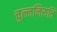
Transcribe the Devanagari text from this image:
चुल्लनिरुत्ति